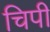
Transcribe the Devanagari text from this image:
चिपी